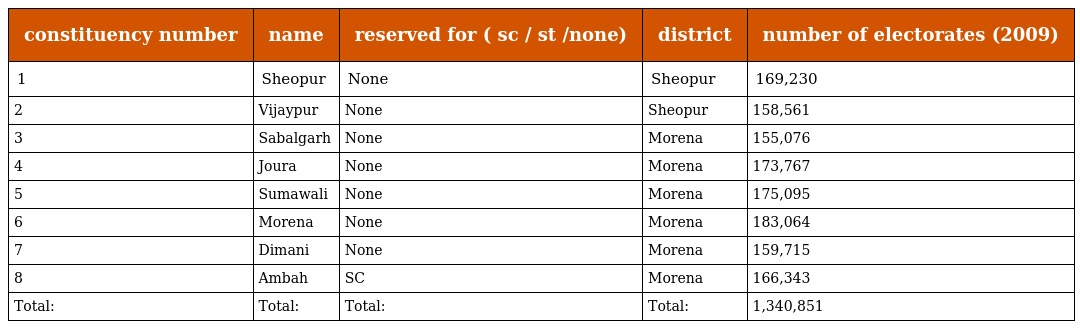
| constituency number | name | reserved for ( sc / st /none) | district | number of electorates (2009) |
 | --- | --- | --- | --- | --- |
 | 1 | Sheopur | None | Sheopur | 169,230 |
 | 2 | Vijaypur | None | Sheopur | 158,561 |
 | 3 | Sabalgarh | None | Morena | 155,076 |
 | 4 | Joura | None | Morena | 173,767 |
 | 5 | Sumawali | None | Morena | 175,095 |
 | 6 | Morena | None | Morena | 183,064 |
 | 7 | Dimani | None | Morena | 159,715 |
 | 8 | Ambah | SC | Morena | 166,343 |
 | Total: | Total: | Total: | Total: | 1,340,851 |